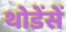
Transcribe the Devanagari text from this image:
थोडेंसें